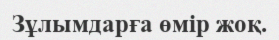
Зұлымдарға өмір жоқ.